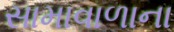
સામાવાળાના